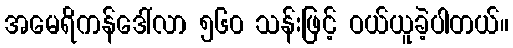
အမေရိကန်ဒေါ်လာ ၅၆၀ သန်းဖြင့် ဝယ်ယူခဲ့ပါတယ်။